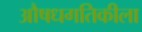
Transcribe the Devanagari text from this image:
औषधगतिकीला